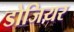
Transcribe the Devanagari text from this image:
डोजियर